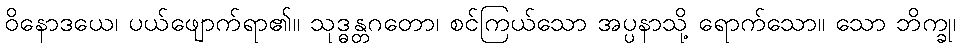
ဝိနောဒယေ၊ ပယ်ဖျောက်ရာ၏။ သုဒ္ဓန္တဂတော၊ စင်ကြယ်သော အပ္ပနာသို့ ရောက်သော။ သော ဘိက္ခု၊